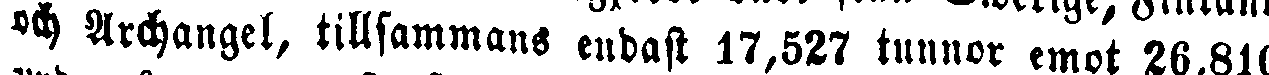
och Archangel, tillsammans endast 17,527 tunnor emot 26,810